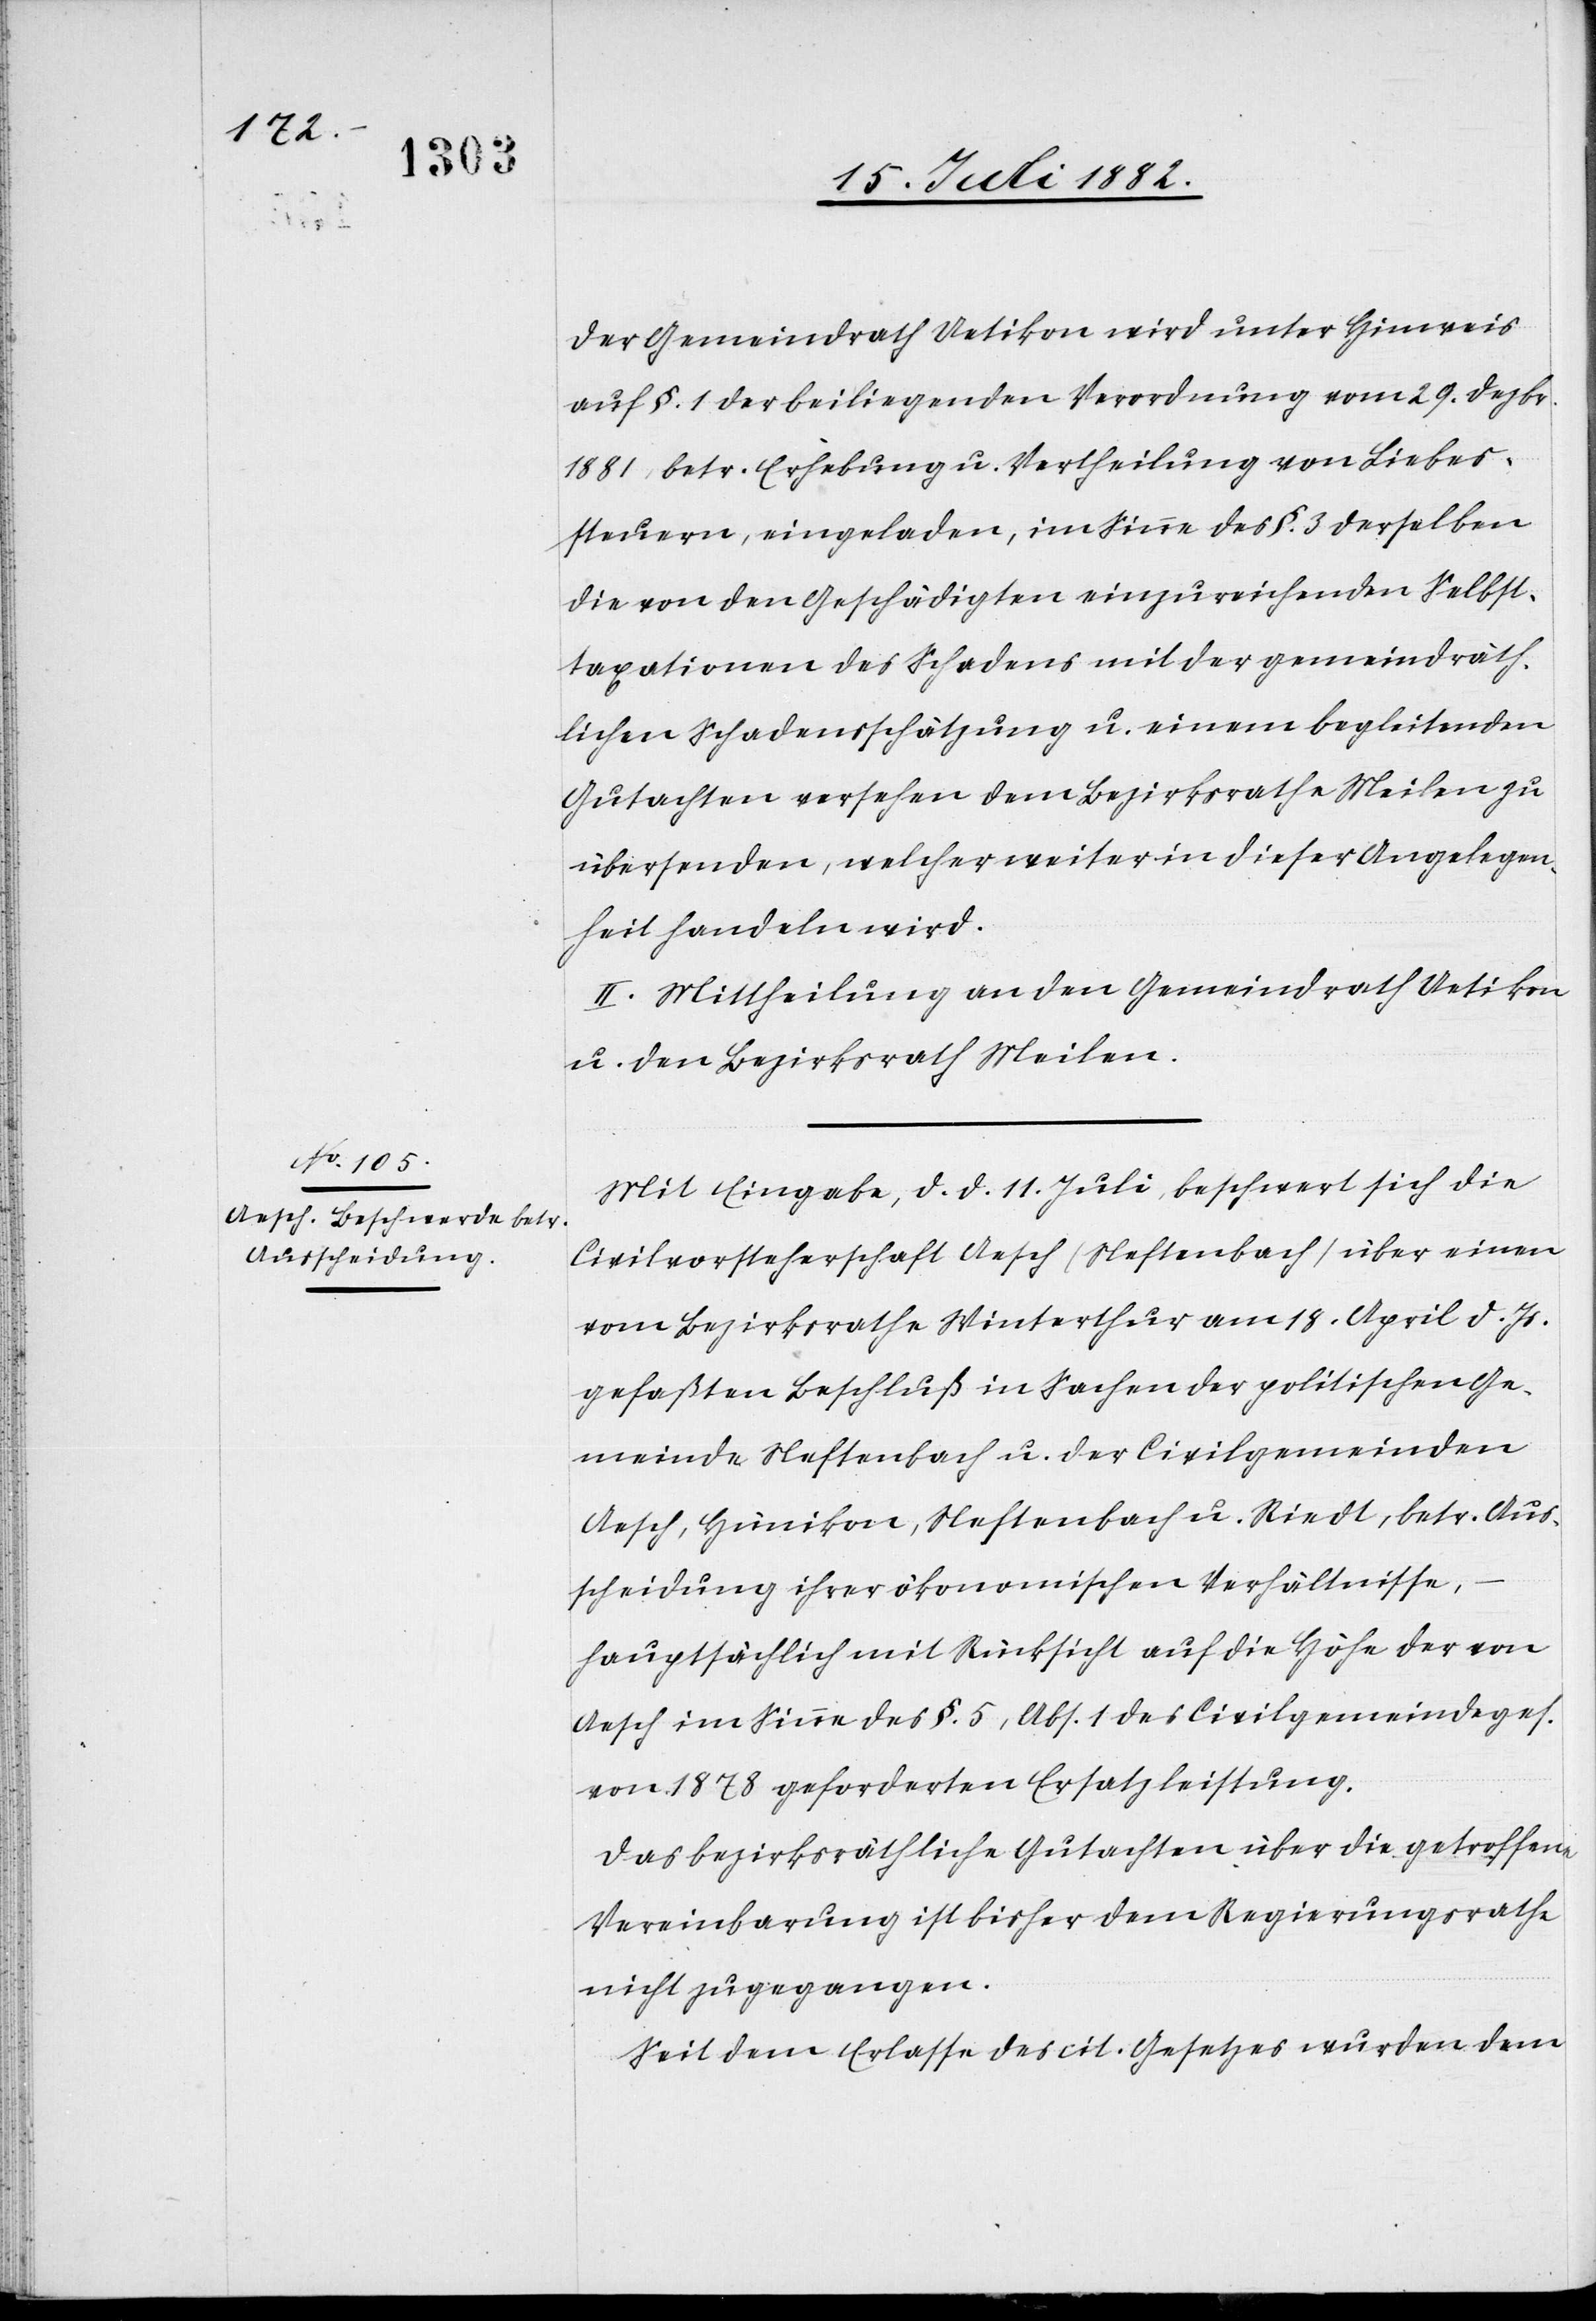
Der Gemeindrath Uetikon wird unter Hinweis
auf §. 1 der beiliegenden Verordnung vom 29. Dezbr.
1881, betr. Erhebung u. Vertheilung von Liebes¬
steuern, eingeladen, im Sinne des §. 3 derselben
die von den Geschädigten einzureichenden Selbst¬
taxationen des Schadens mit der gemeindräth¬
lichen Schadensschätzung u. einem begleitenden
Gutachten versehen dem Bezirksrathe Meilen zu
übersenden, welcher weiter in dieser Angelegen¬
heit handeln wird.
II. Mittheilung an den Gemeindrath Uetikon
u. den Bezirksrath Meilen.
Mit Eingabe, d. d. 11. Juli, beschwert sich die
Civilvorsteherschaft Aesch (Neftenbach) über einen
vom Bezirksrathe Winterthur am 18. April d. Js.
gefaßten Beschluß in Sachen der politischen Ge¬
meinde Neftenbach u. der Civilgemeinden
Aesch, Hünikon, Neftenbach u. Riedt, betr. Aus¬
scheidung ihrer ökonomischen Verhältnisse,
hauptsächlich mit Rücksicht auf die Höhe der von
Aesch im Sinne des §. 5, Abs. 1 des Civilgemeindeges.
von 1878 geforderten Ersatzleistung.
Das bezirksräthliche Gutachten über die getroffene
Vereinbarung ist bisher dem Regierungsrathe
nicht zugegangen.
Seit dem Erlasse des cit. Gesetzes wurden dem